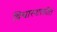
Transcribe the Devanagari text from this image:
विचारशक्तीत